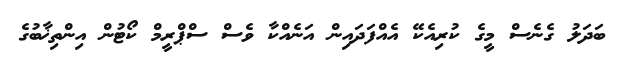
ބަދަލު ގެނެސް މީގެ ކުރިއެކޭ އެއްފަދައިން އަނެއްކާ ވެސް ސްޕްރީމް ކޯޓުން އިންތިޚާބުގެ